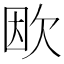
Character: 欭